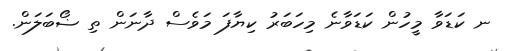
ނ ކަޑަވާ މީހުން ކަޑަވާނެ މިހަބަރު ކިޔާފަ މަވެސް ދާނަން ތި ޟޯބަލަން.